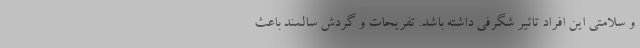
و سلامتی این افراد تاثیر شگرفی داشته باشد. تفریحات و گردش سالمند باعث